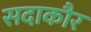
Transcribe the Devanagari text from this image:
सदाकौर